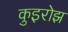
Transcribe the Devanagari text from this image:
कुइरोझ